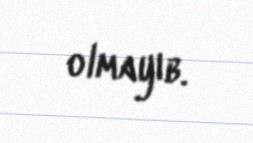
olmayıb.